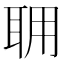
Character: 𦕘